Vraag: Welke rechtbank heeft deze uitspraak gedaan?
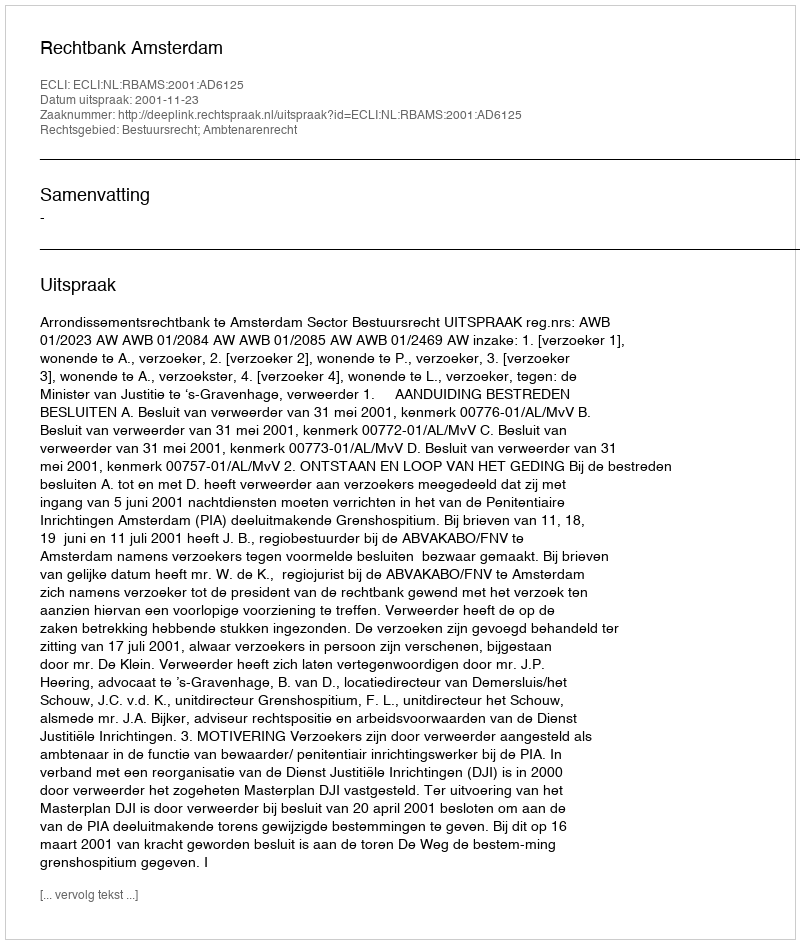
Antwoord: Rechtbank Amsterdam